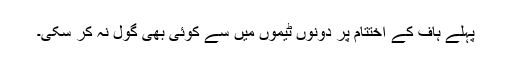
پہلے ہاف کے اختتام پر دونوں ٹیموں میں سے کوئی بھی گول نہ کر سکی۔